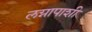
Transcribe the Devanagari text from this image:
लग्नापाशी